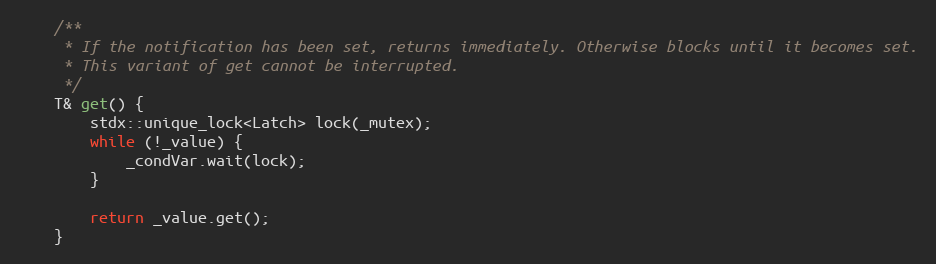
Language: C
    /**
     * If the notification has been set, returns immediately. Otherwise blocks until it becomes set.
     * This variant of get cannot be interrupted.
     */
    T& get() {
        stdx::unique_lock<Latch> lock(_mutex);
        while (!_value) {
            _condVar.wait(lock);
        }

        return _value.get();
    }